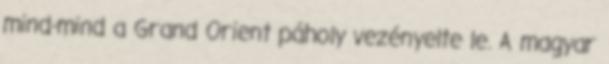
mind-mind a Grand Orient páholy vezényelte le. A magyar